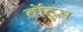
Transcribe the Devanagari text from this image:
बॉट्स